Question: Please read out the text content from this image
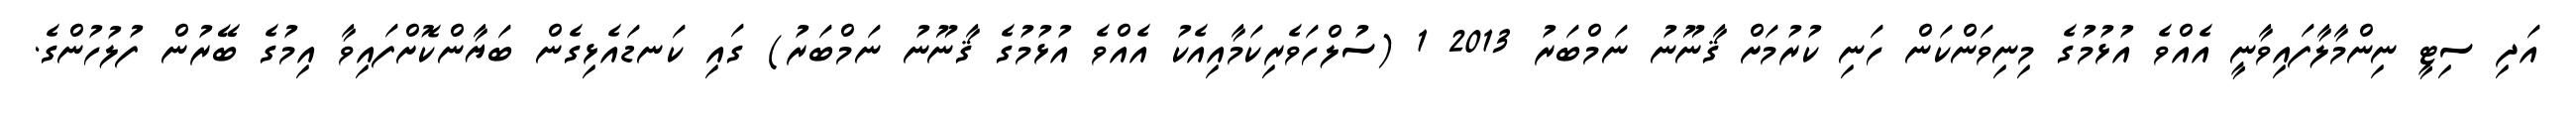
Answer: އަދި ސިޓީ ނިންމާލާފައިވާނީ އެއްވެ އުޅުމުގެ މިނިވަންކަން ހަނި ކުރުމަށް ޤާނޫނު ނަމްބަރު 2013 1 (ސުލްހަވެރިކަމާއިއެކު އެއްވެ އުޅުމުގެ ޤާނޫނު ނަމްބަރު) ގައި ކަނޑައެޅިގެން ބަޔާންކޮށްފައިވާ އިމުގެ ބޭރުން ފުލުހުންގެ.